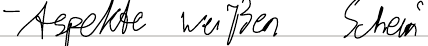
- Aspekte weißen Schein